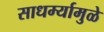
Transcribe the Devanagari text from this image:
साधर्म्यामुळे